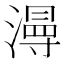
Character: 𱨮